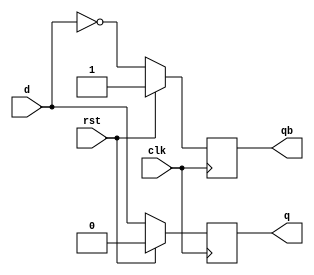
`timescale 1ns / 1ps

module dff(clk, rst, d, q, qb);
input clk;
input rst;
input d;
output q;
output qb;

reg q;
reg qb;

always @(posedge clk)
begin
	if(rst)
	begin
		q <= 1'b0;
		qb <= 1'b1;
	end
	
	else
	begin
		q <= d;
		qb <= ~d;
	end
	
end

endmodule